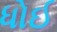
ધોઈ